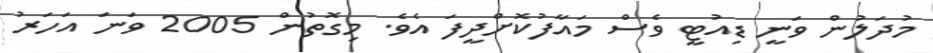
މުދަލުން ވަނީ ޑިއުޓީ ވެސް މައާފުކޮށްދީފަ އެވެ. މިގޮތުން 2005 ވަނަ އަހަރު